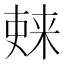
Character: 𫣚